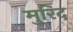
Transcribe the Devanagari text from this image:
मुरिद